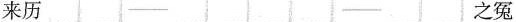
来历 之冤